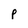
Character: P